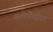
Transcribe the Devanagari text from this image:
मनोधैर्यावर